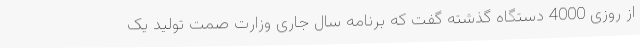
از روزی 4000 دستگاه گذشته گفت که برنامه سال جاری وزارت صمت تولید یک